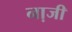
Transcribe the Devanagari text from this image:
ना़जी